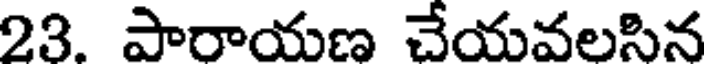
23. పారాయణ చేయవలసిన